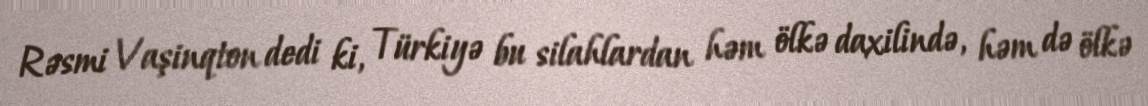
Rəsmi Vaşinqton dedi ki, Türkiyə bu silahlardan həm ölkə daxilində, həm də ölkə